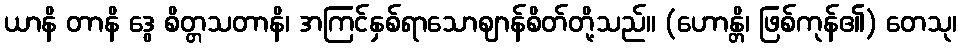
ယာနိ တာနိ ဒွေ စိတ္တသတာနိ၊ အကြင်နှစ်ရာသောဈာန်စိတ်တို့သည်။ (ဟောန္တိ၊ ဖြစ်ကုန်၏) တေသု၊